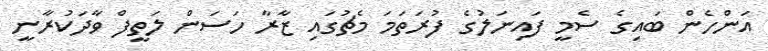
އަންހެން ބައިގެ ސެމީ ފައިނަލުގެ ފުރަތަމަ މެޗުގައި ޒާރާ ހަސަން ލަތީފް ވާދަކުރާނީ